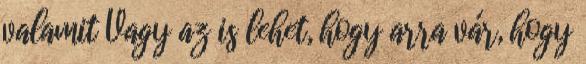
valamit Vagy az is lehet, hogy arra vár, hogy